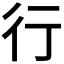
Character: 行